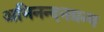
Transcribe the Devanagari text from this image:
अभिनन्दनग्रन्थ